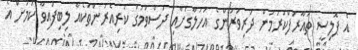
އެ ޕޮލިސީ ތައާރަފްކުރުމުން ދަރިވަރުންގެ އަހުލާގަށާއި ދަސްވުމުގަ ކުރިއެރުންތަކެއް ލިބިފައިވާ ކަމަށް އެ